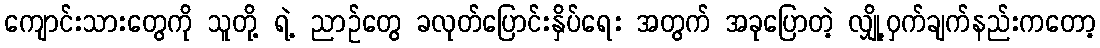
ကျောင်းသားတွေကို သူတို့ ရဲ့ ညာဉ်တွေ ခလုတ်ပြောင်းနှိပ်ရေး အတွက် အခုပြောတဲ့ လျှို့ဝှက်ချက်နည်းကတော့